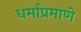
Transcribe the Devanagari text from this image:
धर्मांप्रमाणे